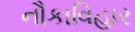
નૌકાવિહાર